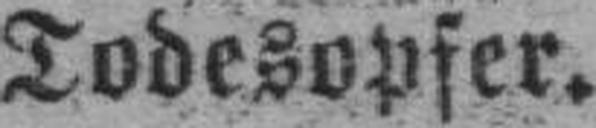
Todesopfer.